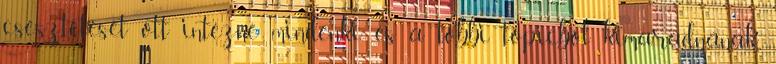
csesztetését ott intézné mindenki és a többi topicból kimaradnának